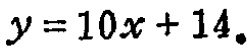
\(y = 10x + 14\)